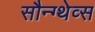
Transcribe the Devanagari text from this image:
सौन्ग्थेव्स